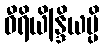
ဝီရိယိန္ဒြိယမ္ပိ